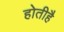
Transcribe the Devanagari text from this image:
होतीहै